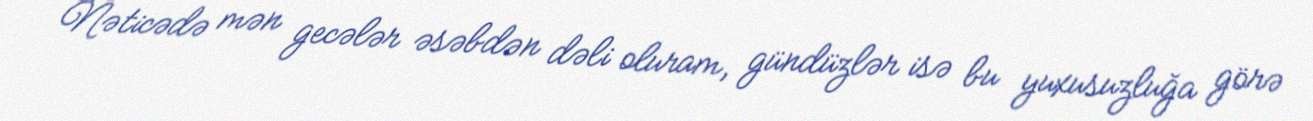
Nəticədə mən gecələr əsəbdən dəli oluram, gündüzlər isə bu yuxusuzluğa görə